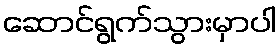
ဆောင်ရွက်သွားမှာပါ